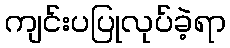
ကျင်းပပြုလုပ်ခဲ့ရာ